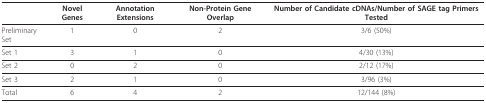
|  | Novel Genes | Annotation Extensions | Non-Protein Gene Overlap | Number of Candidate cDNAs/Number of SAGE tag Primers Tested |
 | --- | --- | --- | --- | --- |
 | Preliminary Set | 1 | 0 | 2 | 3/6 (50%) |
 | Set 1 | 3 | 1 | 0 | 4/30 (13%) |
 | Set 2 | 0 | 2 | 0 | 2/12 (17%) |
 | Set 3 | 2 | 1 | 0 | 3/96 (3%) |
 | Total | 6 | 4 | 2 | 12/144 (8%) |